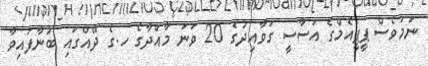
ނަމަވެސް ޕީޕީއެމްގެ އަސާސީ ގަވާއިދުގެ 20 ވަނަ މާއްދާގެ ހ.ގެ ދޭއްގައި ބުނާފައިވާ